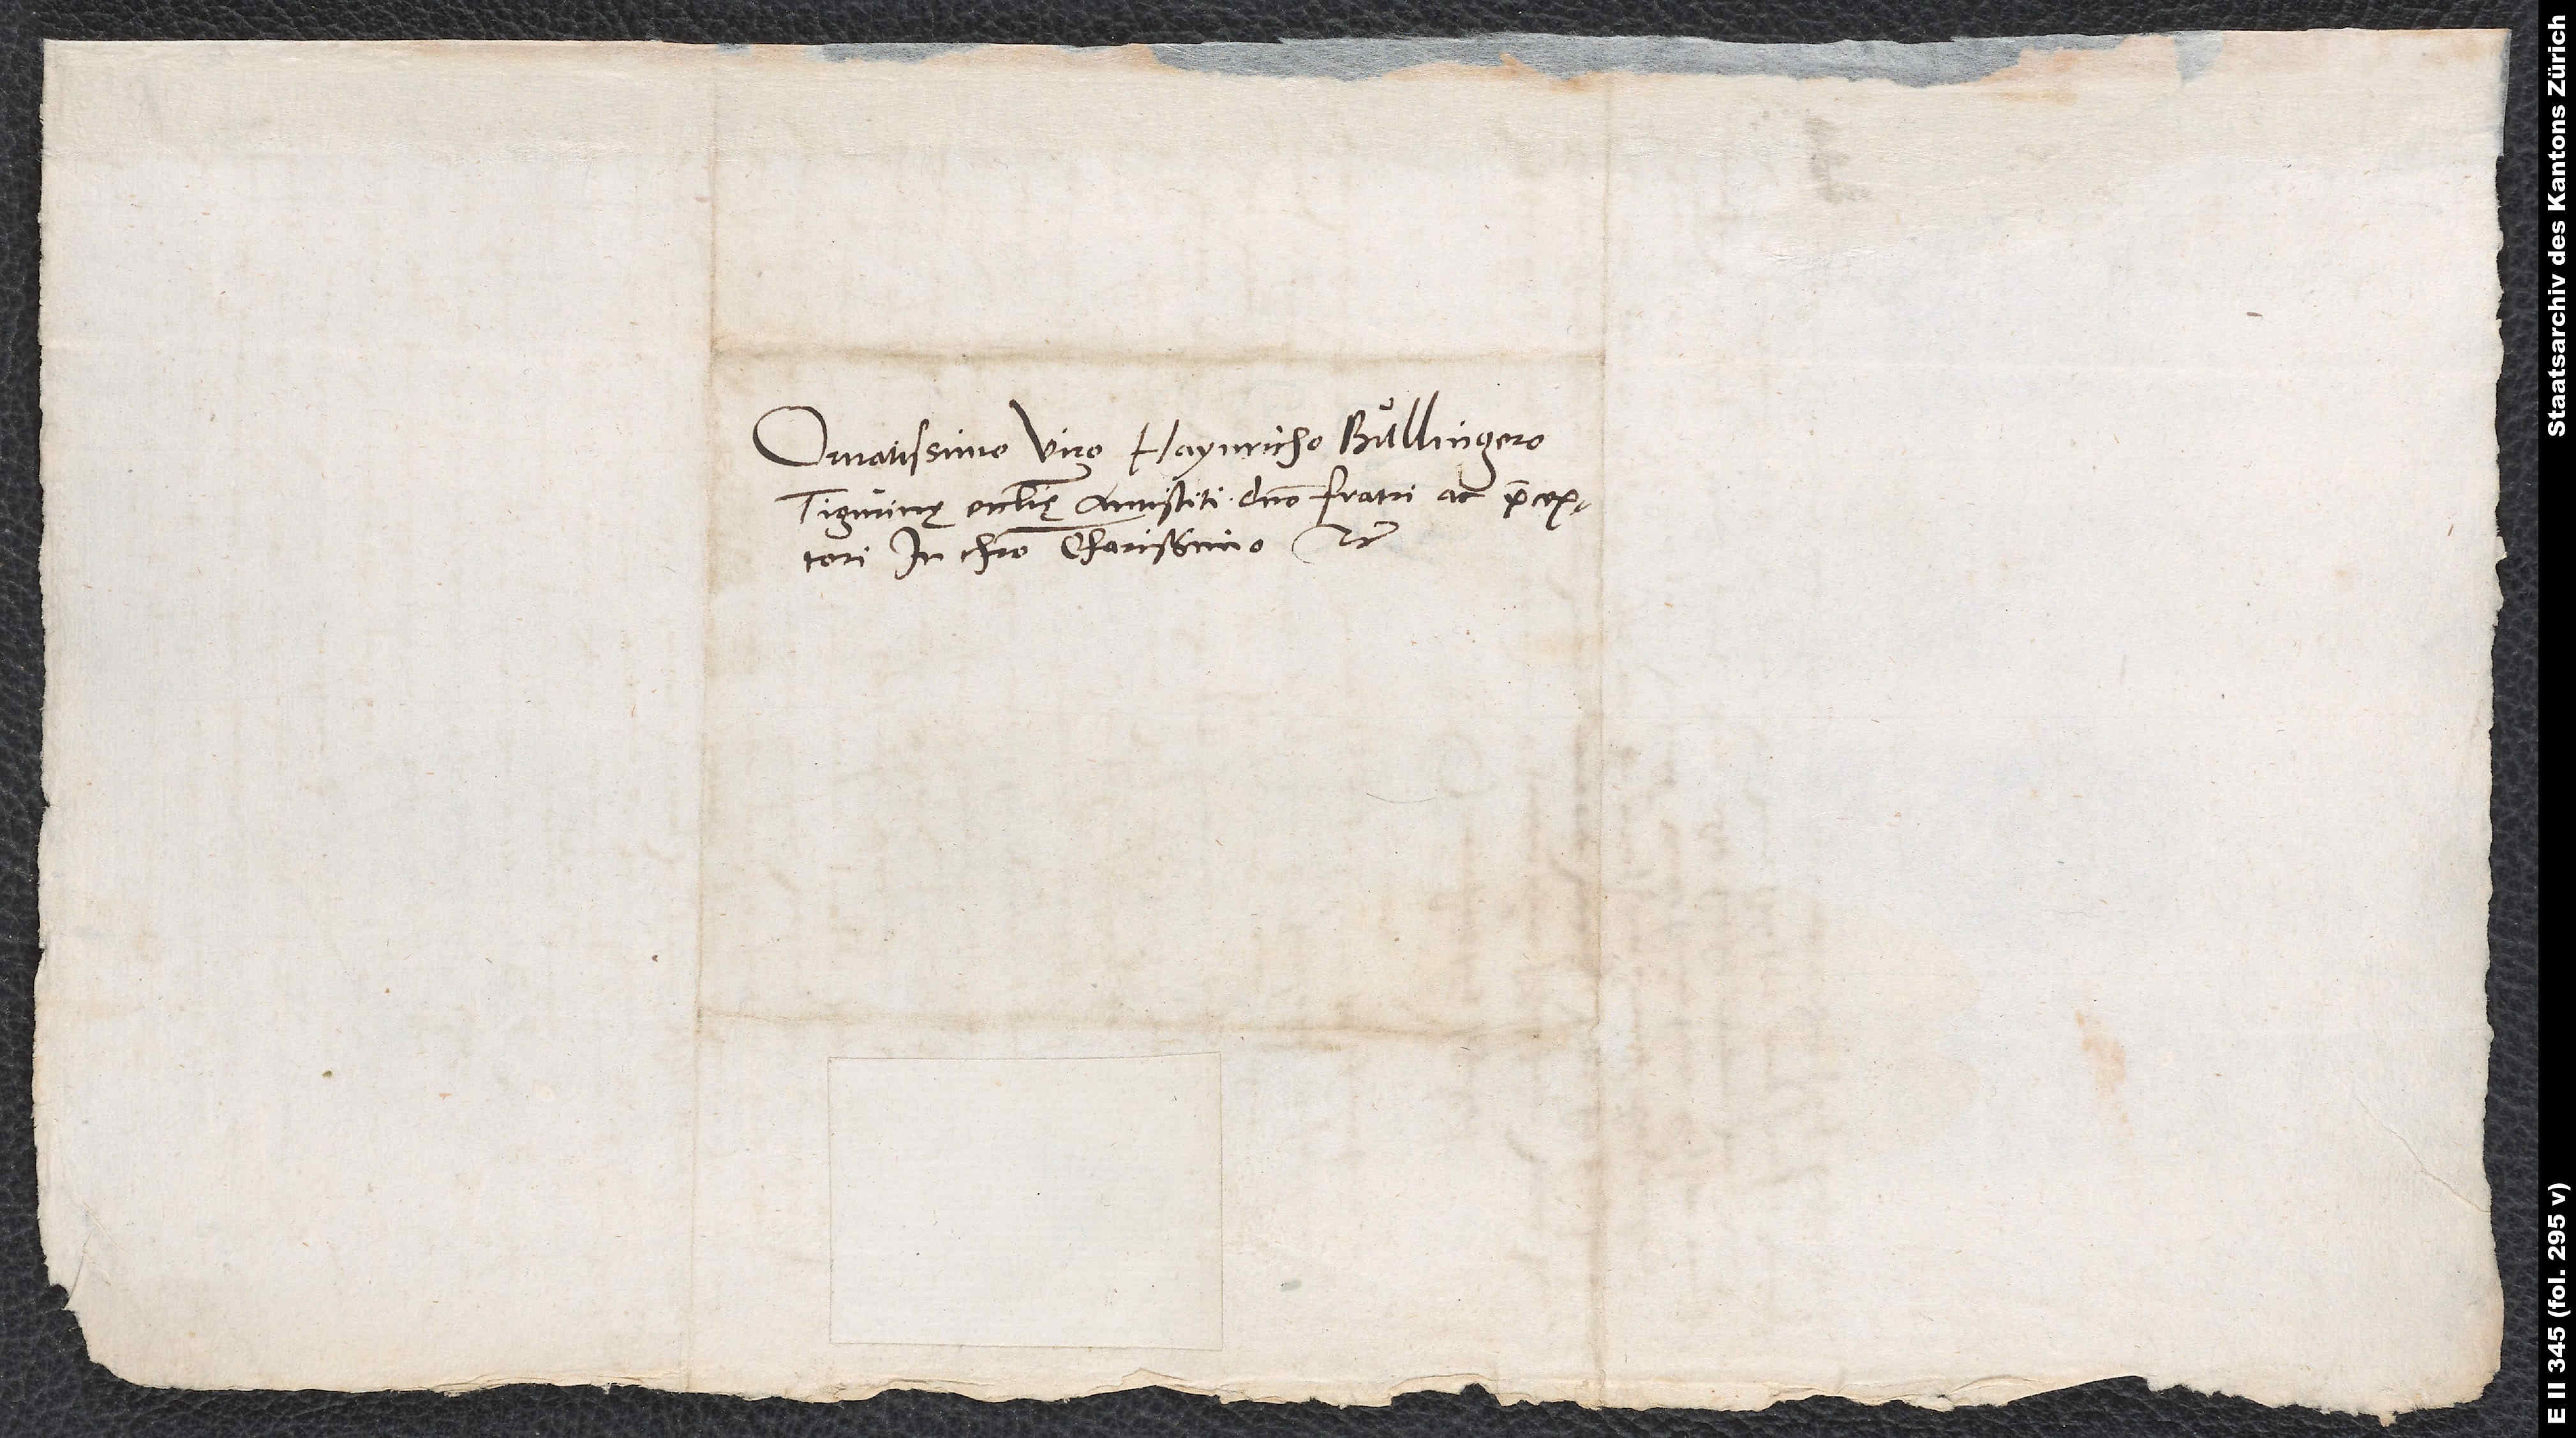
Ornatissimo viro Haynricho Bullingero,
Tigurinę ecclesię antistiti, domino fratri ac praeceptori
in Christo charissimo, etc.